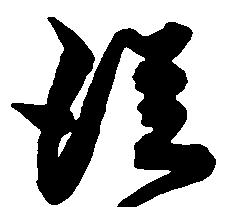
雖